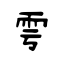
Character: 雩